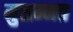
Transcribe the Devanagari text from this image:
मुसम्मत